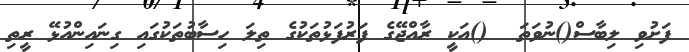
ފަށުވި ލިބާސް()ނުވަތަ  ()އަކީ ރާއްޖޭގެ ފަރުފަޅުތަކުގެ ތިލަ ހިސާބުތަކުގައި ގިނައިންއުޅޭ ރީތި